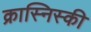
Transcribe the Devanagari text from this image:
क्रास्निस्की